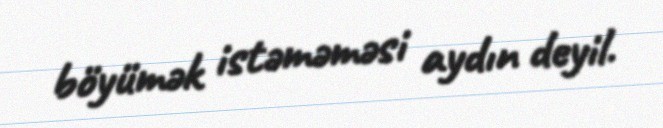
böyümək istəməməsi aydın deyil.